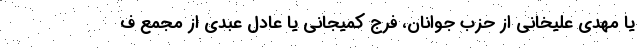
یا مهدی علیخانی از حزب جوانان، فرج کمیجانی یا عادل عبدی از مجمع ف